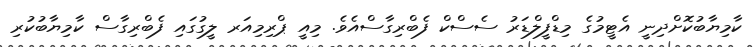
ކާމިޔާބުކޮށްދިނީ އެޓީމުގެ މިޑްފީލްޑަރު ސެސްކް ފެބްރިގާސްއެވެ. މިއީ ޕްރިމިއަރ ލީގުގައި ފެބްރިގާސް ކާމިޔާބުކުރި